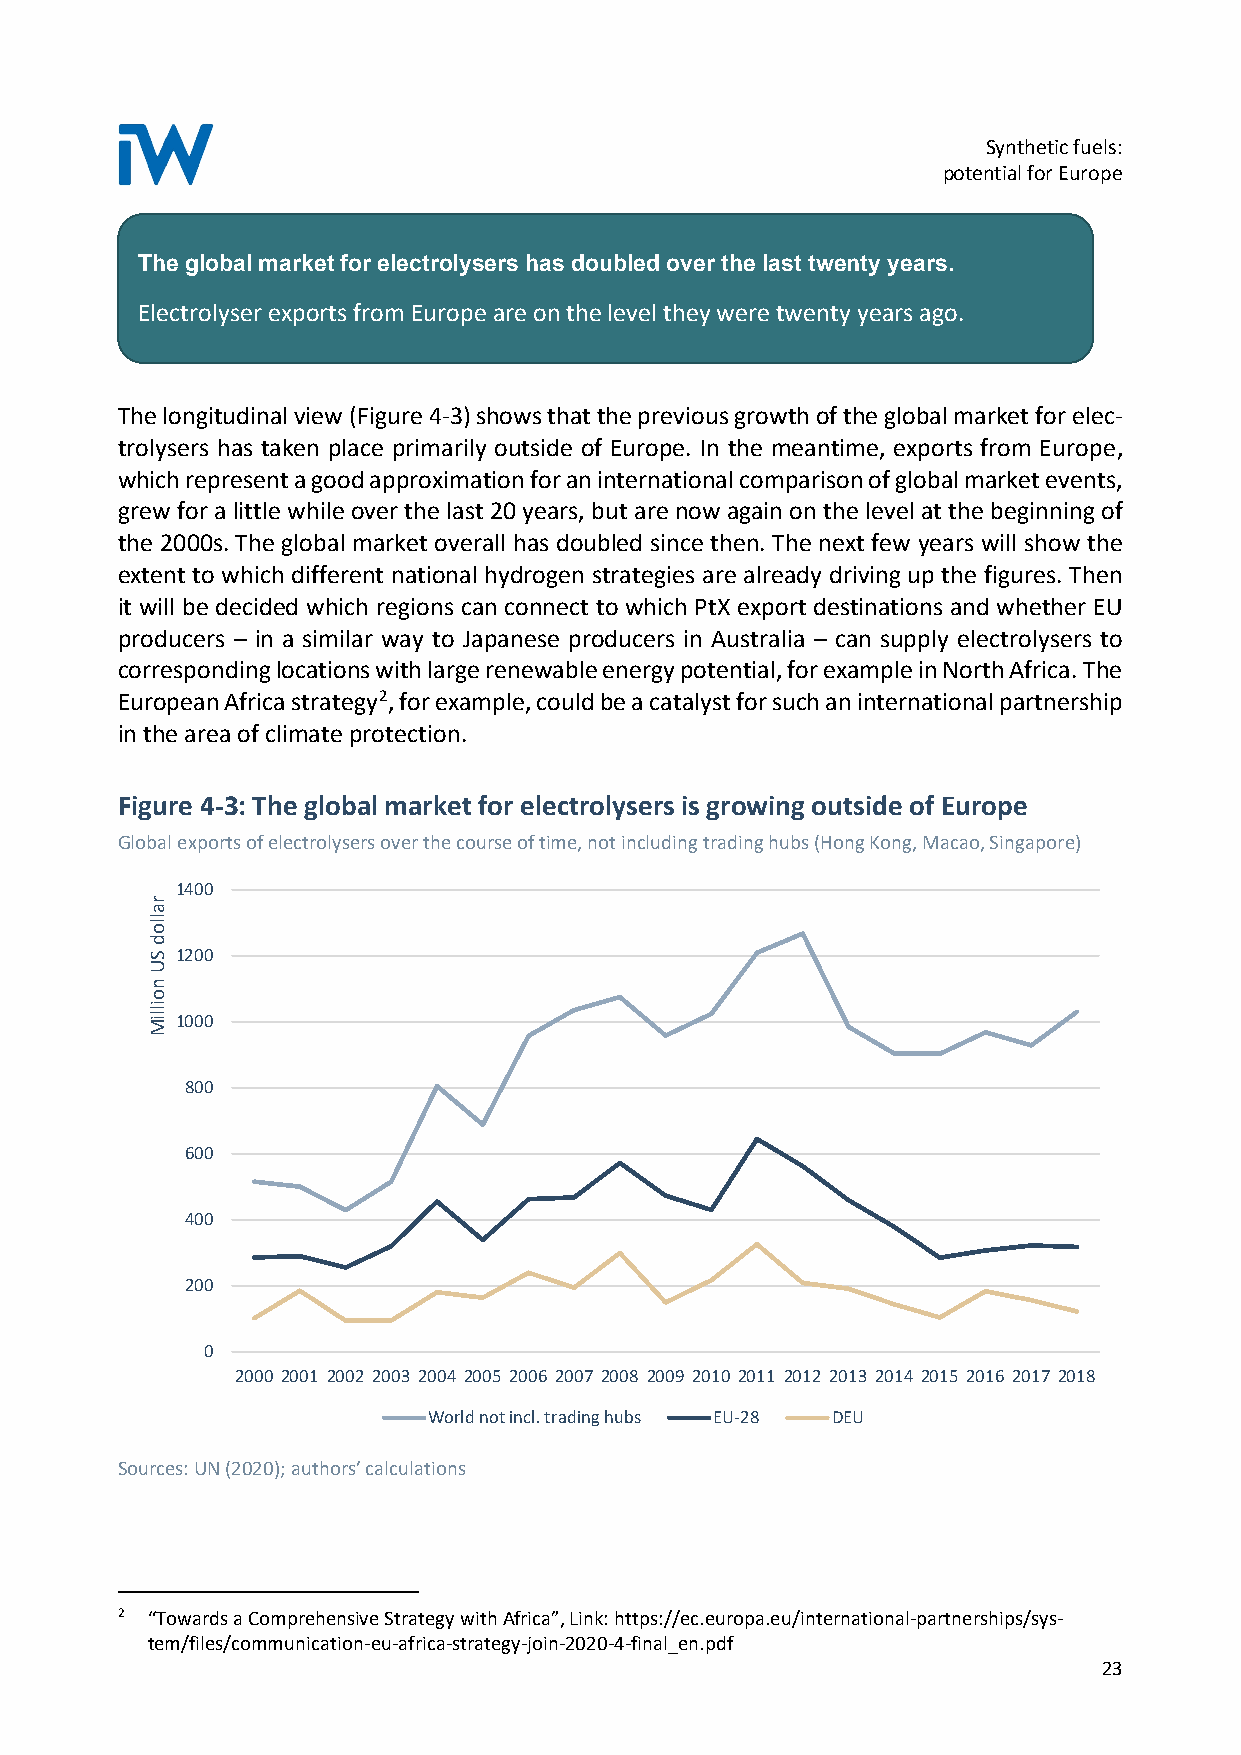
Synthetic fuels:
 potential for Europe
 The global market for electrolysers has doubled over the last twenty years.
 Electrolyser exports from Europe are on the level they were twenty years ago.
 The longitudinal view (Figure 4-3) shows that the previous growth of the global market for elec-
 trolysers has taken place primarily outside of Europe. In the meantime, exports from Europe,
 which represent a good approximation for an international comparison of global market events,
 grew for a little while over the last 20 years, but are now again on the level at the beginning of
 the 2000s. The global market overall has doubled since then. The next few years will show the
 extent to which different national hydrogen strategies are already driving up the figures. Then
 it will be decided which regions can connect to which PtX export destinations and whether EU
 producers – in a similar way to Japanese producers in Australia – can supply electrolysers to
 corresponding locations with large renewable energy potential, for example in North Africa. The
 European Africa strategy2, for example, could be a catalyst for such an international partnership
 in the area of climate protection.
 Figure 4-3: The global market for electrolysers is growing outside of Europe
 Global exports of electrolysers over the course of time, not including trading hubs (Hong Kong, Macao, Singapore)
 1400
 1200
 1000
 800
 600
 400
 200
 0
 2000 2001 2002 2003 2004 2005 2006 2007 2008 2009 2010 2011 2012 2013 2014 2015 2016 2017 2018
 World not incl. trading hubs EU-28 DEU
 Sources: UN (2020); authors’ calculations
 2 “Towards a Comprehensive Strategy with Africa”, Link: https://ec.europa.eu/international-partnerships/sys-
 tem/files/communication-eu-africa-strategy-join-2020-4-final_en.pdf
 23
 rallod
 SU
 noilliM